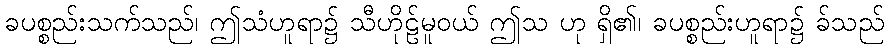
ခပစ္စည်းသက်သည်၊ ဤသံဟူရာ၌ သီဟိုဠ်မူဝယ် ဤသ ဟု ရှိ၏၊ ခပစ္စည်းဟူရာ၌ ခ်သည်